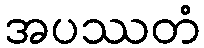
အပဿတံ